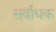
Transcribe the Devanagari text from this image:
सर्वाधक